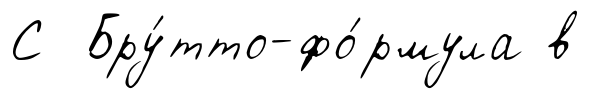
С Бру́тто-фо́рмула в